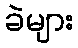
ခဲများ